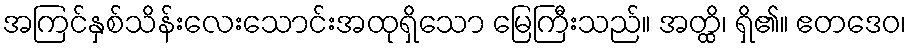
အကြင်နှစ်သိန်းလေးသောင်းအထုရှိသော မြေကြီးသည်။ အတ္ထိ၊ ရှိ၏။ ဧတဒေဝ၊